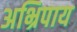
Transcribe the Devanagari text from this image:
अभ्रिपाय